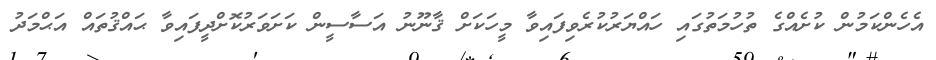
އެހެންކަމުން ކުށެއްގެ ތުހުމަތުގައި ހައްޔަރުކުރެވިފައިވާ މީހަކަށް ޤާނޫނު އަސާސީން ކަށަވަރުކޮށްދީފައިވާ ޙައްޤުތައް އަޙްމަދު